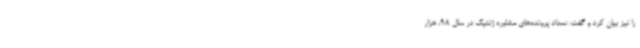
را نیز بیان کرد و گفت: تعداد پرونده‌های مشاوره ژنتیک در سال 98، هزار